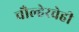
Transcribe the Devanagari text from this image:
चौल्हेरचेही